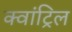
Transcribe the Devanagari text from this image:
क्वांट्रिल